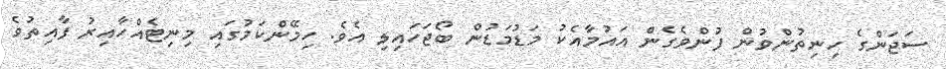
ސަޖަންގެ ހިނިތުންވުން ފުންވެގެން އައުމާއެކު މަޑުމަޑުން ބޯޖަހައިލި އެވެ. ހިމޭންކަމުގައި މިނިޓެއްހާއިރު ފާއިތުވެ